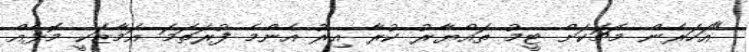
"އަހަރެން މެޗަކަށް ޓީމު ތައްޔާރު ކުރާ އިރު އެންމެ ފުރަތަމަ އަމާޒަކީ މޮޅެއް